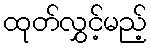
ထုတ်လွှင့်မည့်